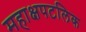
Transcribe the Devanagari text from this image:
महाक्षपटलिक